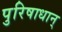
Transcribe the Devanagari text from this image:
पुरिषाधान्